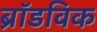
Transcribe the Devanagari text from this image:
ब्रॉडविक